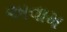
અવામ